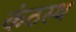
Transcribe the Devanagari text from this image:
कंठस्‍थ